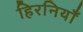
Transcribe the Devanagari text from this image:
हिरनियाँ